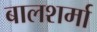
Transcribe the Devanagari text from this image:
बालशर्मा